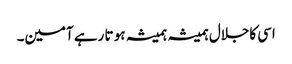
اسی کاجلال ہمیشہ ہمیشہ ہو تا رہے آمین۔